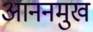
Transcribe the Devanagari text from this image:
आननमुख